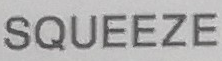
SQUEEZE